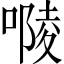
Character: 𠻱